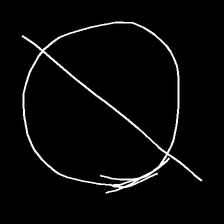
Glyph: orb